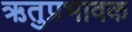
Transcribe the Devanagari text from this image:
ऋतुप्रभावक